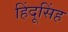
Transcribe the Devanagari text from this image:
हिंदूसिंह